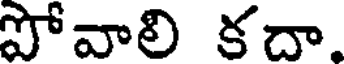
పోవాలి కదా.